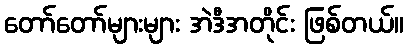
တော်တော်များများ အဲဒီအတိုင်း ဖြစ်တယ်။